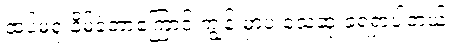
ထပ်မံရှုံးနိမ့်ခဲ့တာကြောင့် ကျွန်းမှာပဲ သေဆုံးခဲ့ရရှာပါတယ်။